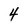
Character: 4